Scottish Leaving Certificate Examination, 1957
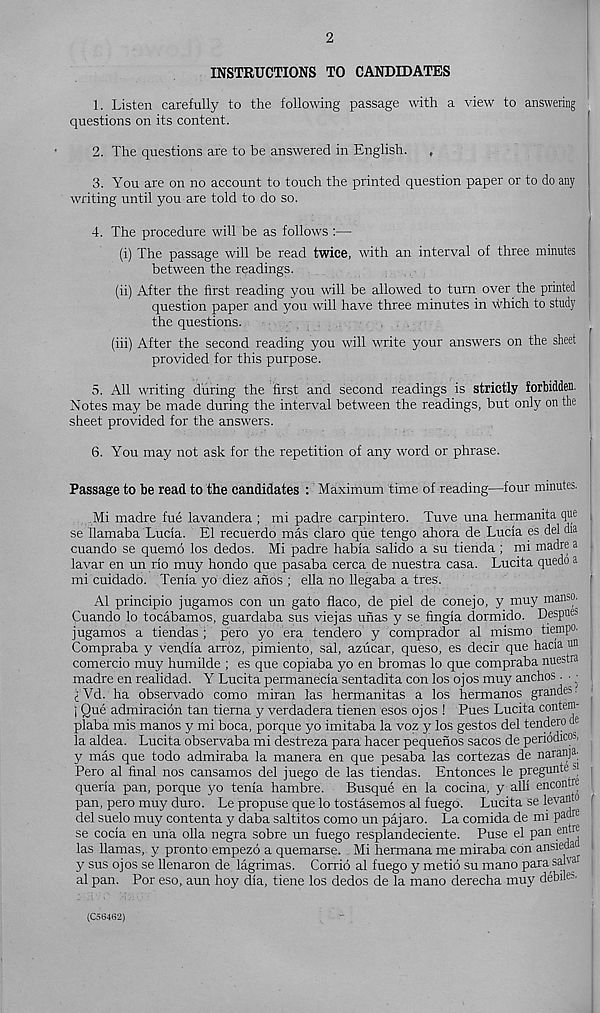
2
INSTRUCTIONS TO CANDIDATES
1. Listen carefully to the following passage with a view to answering
questions on its content.
2. The questions are to be answered in English. ,
3. You are on no account to touch the printed question paper or to do any
writing until you are told to do so.
4. The procedure will be as follows :—
(i) The passage will be read twice, with an interval of three minutes
between the readings.
(ii) After the first reading y^ou will be allowed to turn over the printed !
question paper and you will have three minutes in which to study j
the questions.
(iii) After the second reading you will write your answers on the sheet
provided for this purpose.
5. All writing during the first and second readings is strictly forbidden.
Notes may be made during the interval between the readings, but only on the
sheet provided for the answers.
6. You may not ask for the repetition of any word or phrase.
Passage to be read to the candidates : Maximum time of reading—four minutes.
.Mi madre fue lavandera ; mi padre carpintero. Tuve una hermanita que
se Uamaba Lucia. El recuerdo mas claro que tengo ahora de Lucia es del dia
cuando se quemo los dedos. Mi padre habia salido a su tienda ; mi madre a
lavar en un rio muy hondo que pasaba cerca de nuestra casa. Lucita quedo a
mi cuidado. Tenia yo diez anos ; ella no llegaba a tres.
A1 principio jugamos con un gato flaco, de piel de conejo, y muy manso.
Cuando lo tocabamos, guardaba sus viejas unas y se fingia dormido. Despues
jugamos a tiendas ; pero yo era tendero y comprador al mismo tiempo.
Compraba y vendia arroz, pimiento, sal, aziicar, queso, es decir que hacia un
comercio muy humilde ; es que copiaba yo en bromas lo que compraba nuestra
madre en realidad. Y Lucita permanecia sentadita con los ojos muy anchos. ■ •
<;Vd. ha observado como miran las hermanitas a los hermanos grandes.
j Que admiracion tan tierna y verdadera tienen esos ojos ! Pues Lucita contem-
plaba mis manos y mi boca, porque yo imitaba la voz y los gestos del tendero ae
la aldea. Lucita observaba mi destreza para hacer pequenos sacos de periddicos,
y mas que todo admiraba la manera en que pesaba las cortezas de naranp;
Pero al final nos cansamos del juego de las tiendas. Entonces le pregunte si
queria pan, porque yo tenfa hambre. Busque en la cocina, y alii encontre
pan, pero muy duro. Le propuse que lo tostasemos al fuego. Lucita se levanto
del suelo muy contenta y daba saltitos como un pajaro. La comida de mi P a(lre
se cocia en una olla negra sobre un fuego resplandeciente. Fuse el pan entre
las llamas, y pronto empezo a quemarse. Mi hermana me miraba con ansieda
y sus ojos se llenaron de lagrimas. Corrio al fuego y metio su mano parasal'ar
al pan. Por eso, aun hoy dia, tiene los dedos de la mano derecha muy debile 5 -
(C56462)